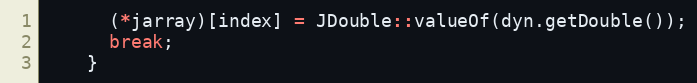
Language: C++
      (*jarray)[index] = JDouble::valueOf(dyn.getDouble());
      break;
    }